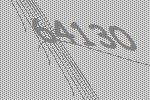
64130